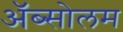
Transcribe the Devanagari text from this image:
अॅब्सोलम